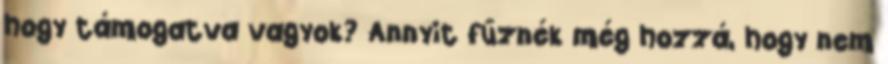
hogy támogatva vagyok? Annyit fűznék még hozzá, hogy nem